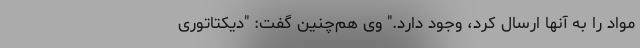
مواد را به آنها ارسال کرد، وجود دارد." وی هم‌چنین گفت: "دیکتاتوری